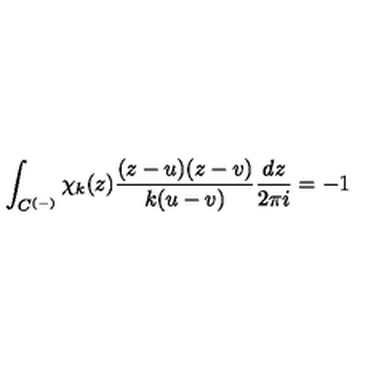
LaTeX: \int _ { C ^ { ( - ) } } \chi _ { k } ( z ) \frac { ( z - u ) ( z - v ) } { k ( u - v ) } \frac { d z } { 2 \pi i } = - 1